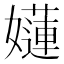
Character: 𡣻